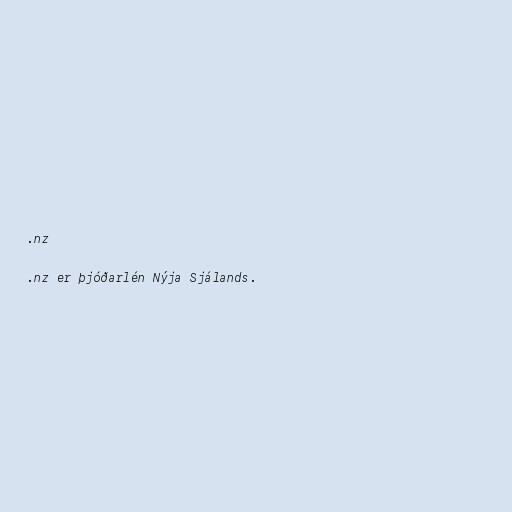
.nz

.nz er þjóðarlén Nýja Sjálands.